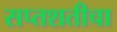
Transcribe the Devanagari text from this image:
सप्तशतीचा